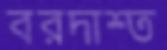
বরদাশ্ত